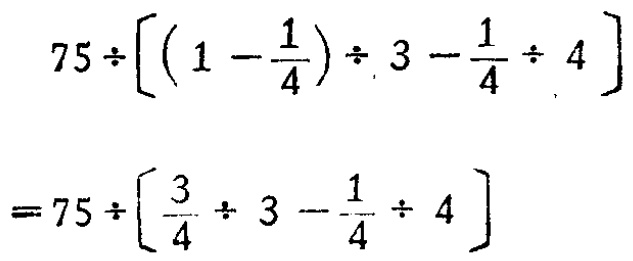
\[
\begin{align*}
&75\div\left[\left(1 - \frac{1}{4}\right)\div 3-\frac{1}{4}\div 4\right]\\
=&75\div\left[\frac{3}{4}\div 3-\frac{1}{4}\div 4\right]
\end{align*}
\]